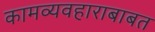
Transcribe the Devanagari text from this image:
कामव्यवहाराबाबत